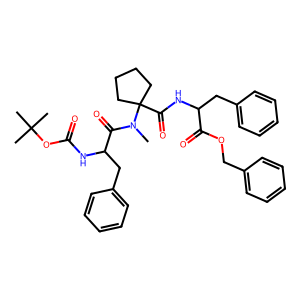
SMILES: CN(C(=O)C(Cc1ccccc1)NC(=O)OC(C)(C)C)C1(C(=O)NC(Cc2ccccc2)C(=O)OCc2ccccc2)CCCC1
Inhibits HIV replication: No